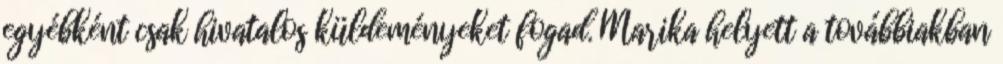
egyébként csak hivatalos küldeményeket fogad. Marika he­lyett a továb­bi­akban